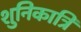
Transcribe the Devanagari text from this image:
शुनिकात्रि